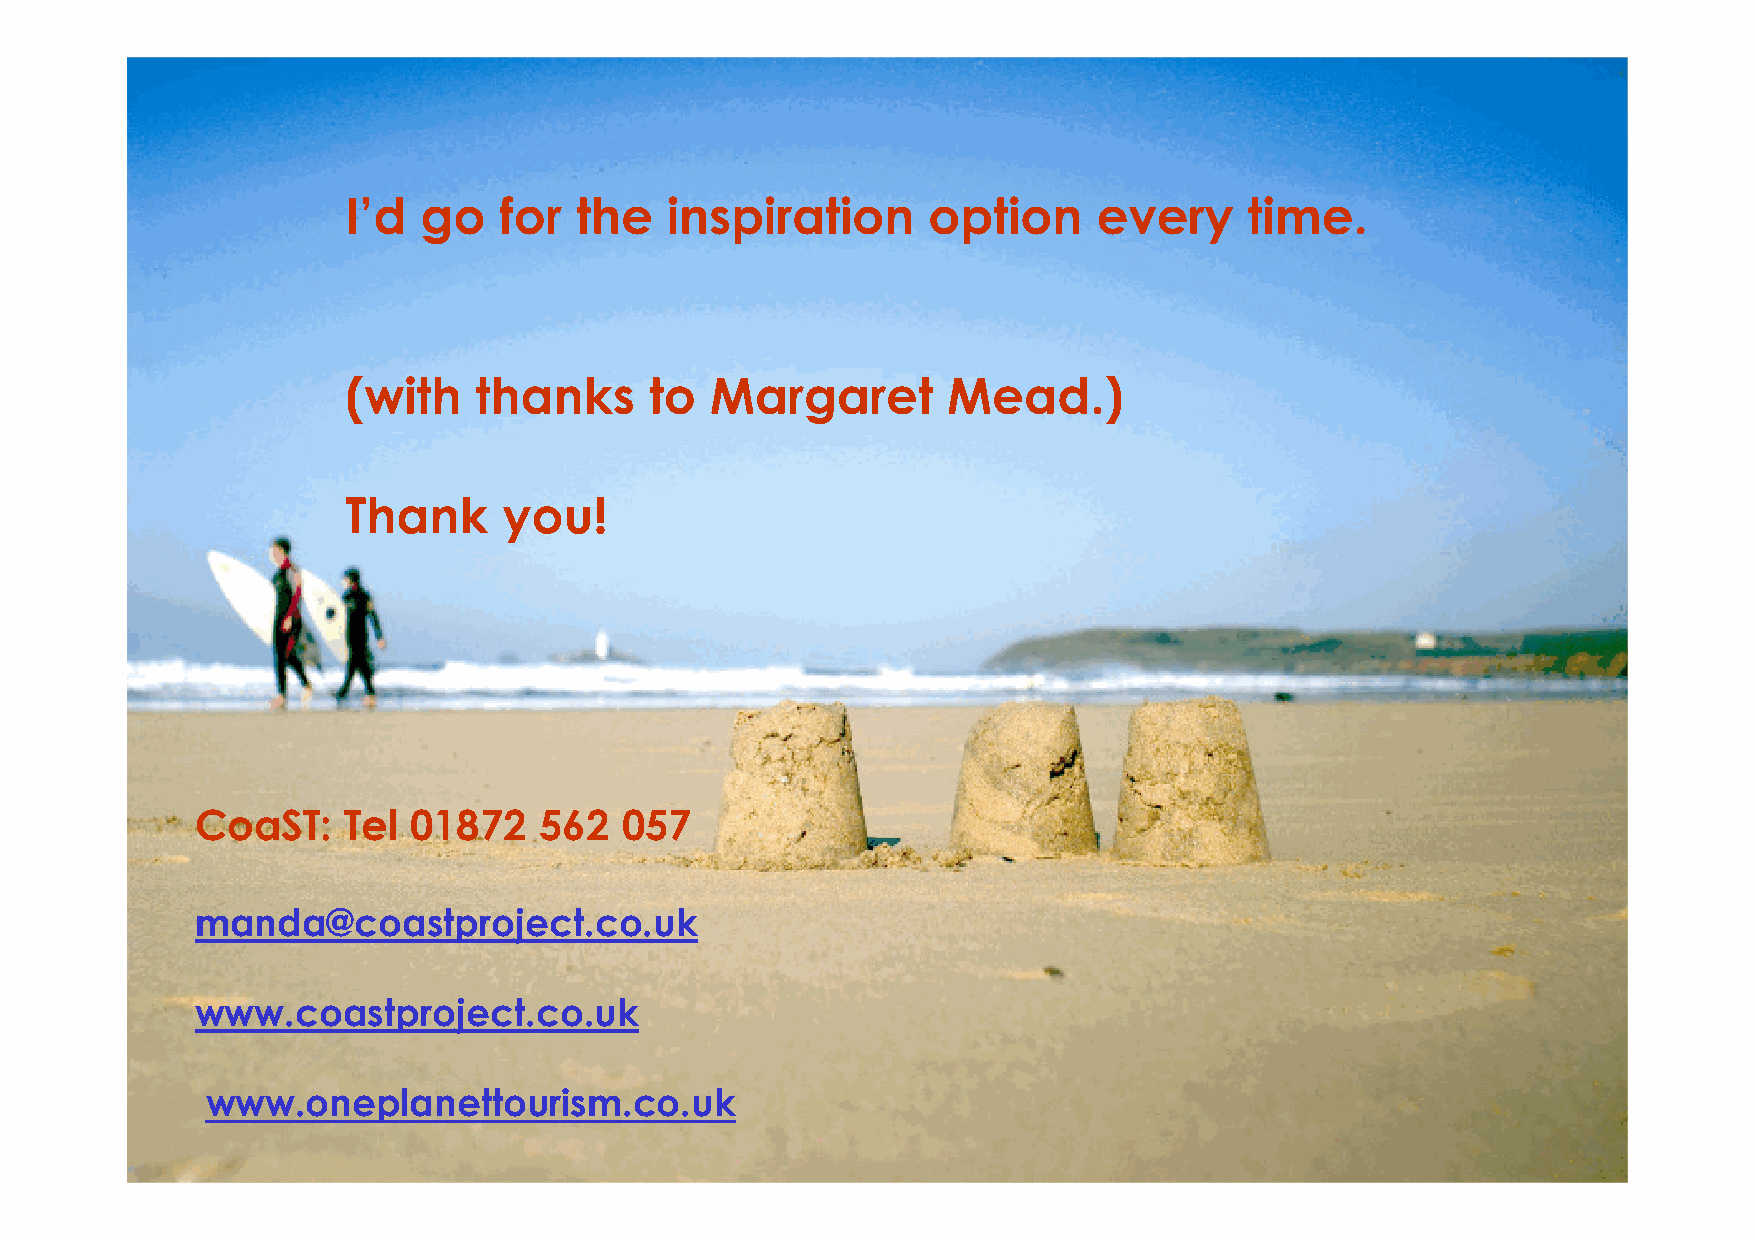
I’d  go   for  the   inspiration      option      every     time.
 (with   thanks      to  Margaret        Mead.)
 Thank     you!
 CoaST:    Tel 01872    562  057
 manda@coastproject.co.uk
 www.coastproject.co.uk
 peopOlen, ep lPalcaen eatn Tdo uprrisomsperity
 www.onepwwlwwanwwe..ccttoooaaussrittsppmrroo.cjjeeocc.utt..kccoo..uukk